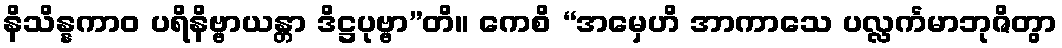
နိသိန္နကာဝ ပရိနိဗ္ဗာယန္တာ ဒိဋ္ဌပုဗ္ဗာ”တိ။ ကေစိ “အမှေဟိ အာကာသေ ပလ္လင်္ကမာဘုဇိတွာ